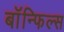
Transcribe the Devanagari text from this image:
बाॅन्फिल्स